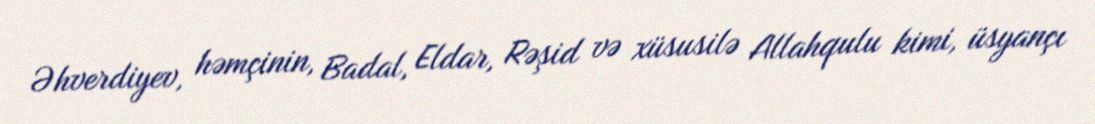
Əhverdiyev, həmçinin, Badal, Eldar, Rəşid və xüsusilə Allahqulu kimi, üsyançı